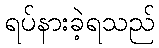
ရပ်နားခဲ့ရသည်